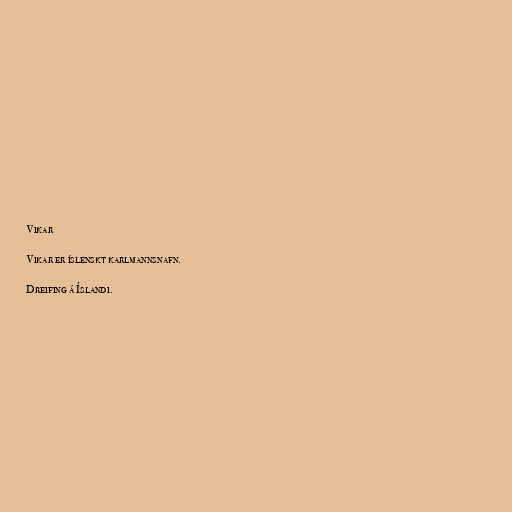
Vikar

Vikar er íslenskt karlmannsnafn.

Dreifing á Íslandi.